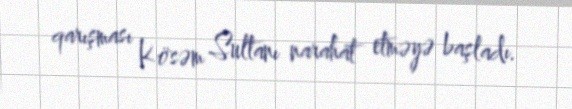
qarışması Kösəm Sultanı narahat etməyə başladı.